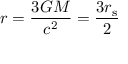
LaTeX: r = { \frac { 3 G M } { c ^ { 2 } } } = { \frac { 3 r _ { \mathrm { { s } } } } { 2 } }